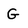
Character: G